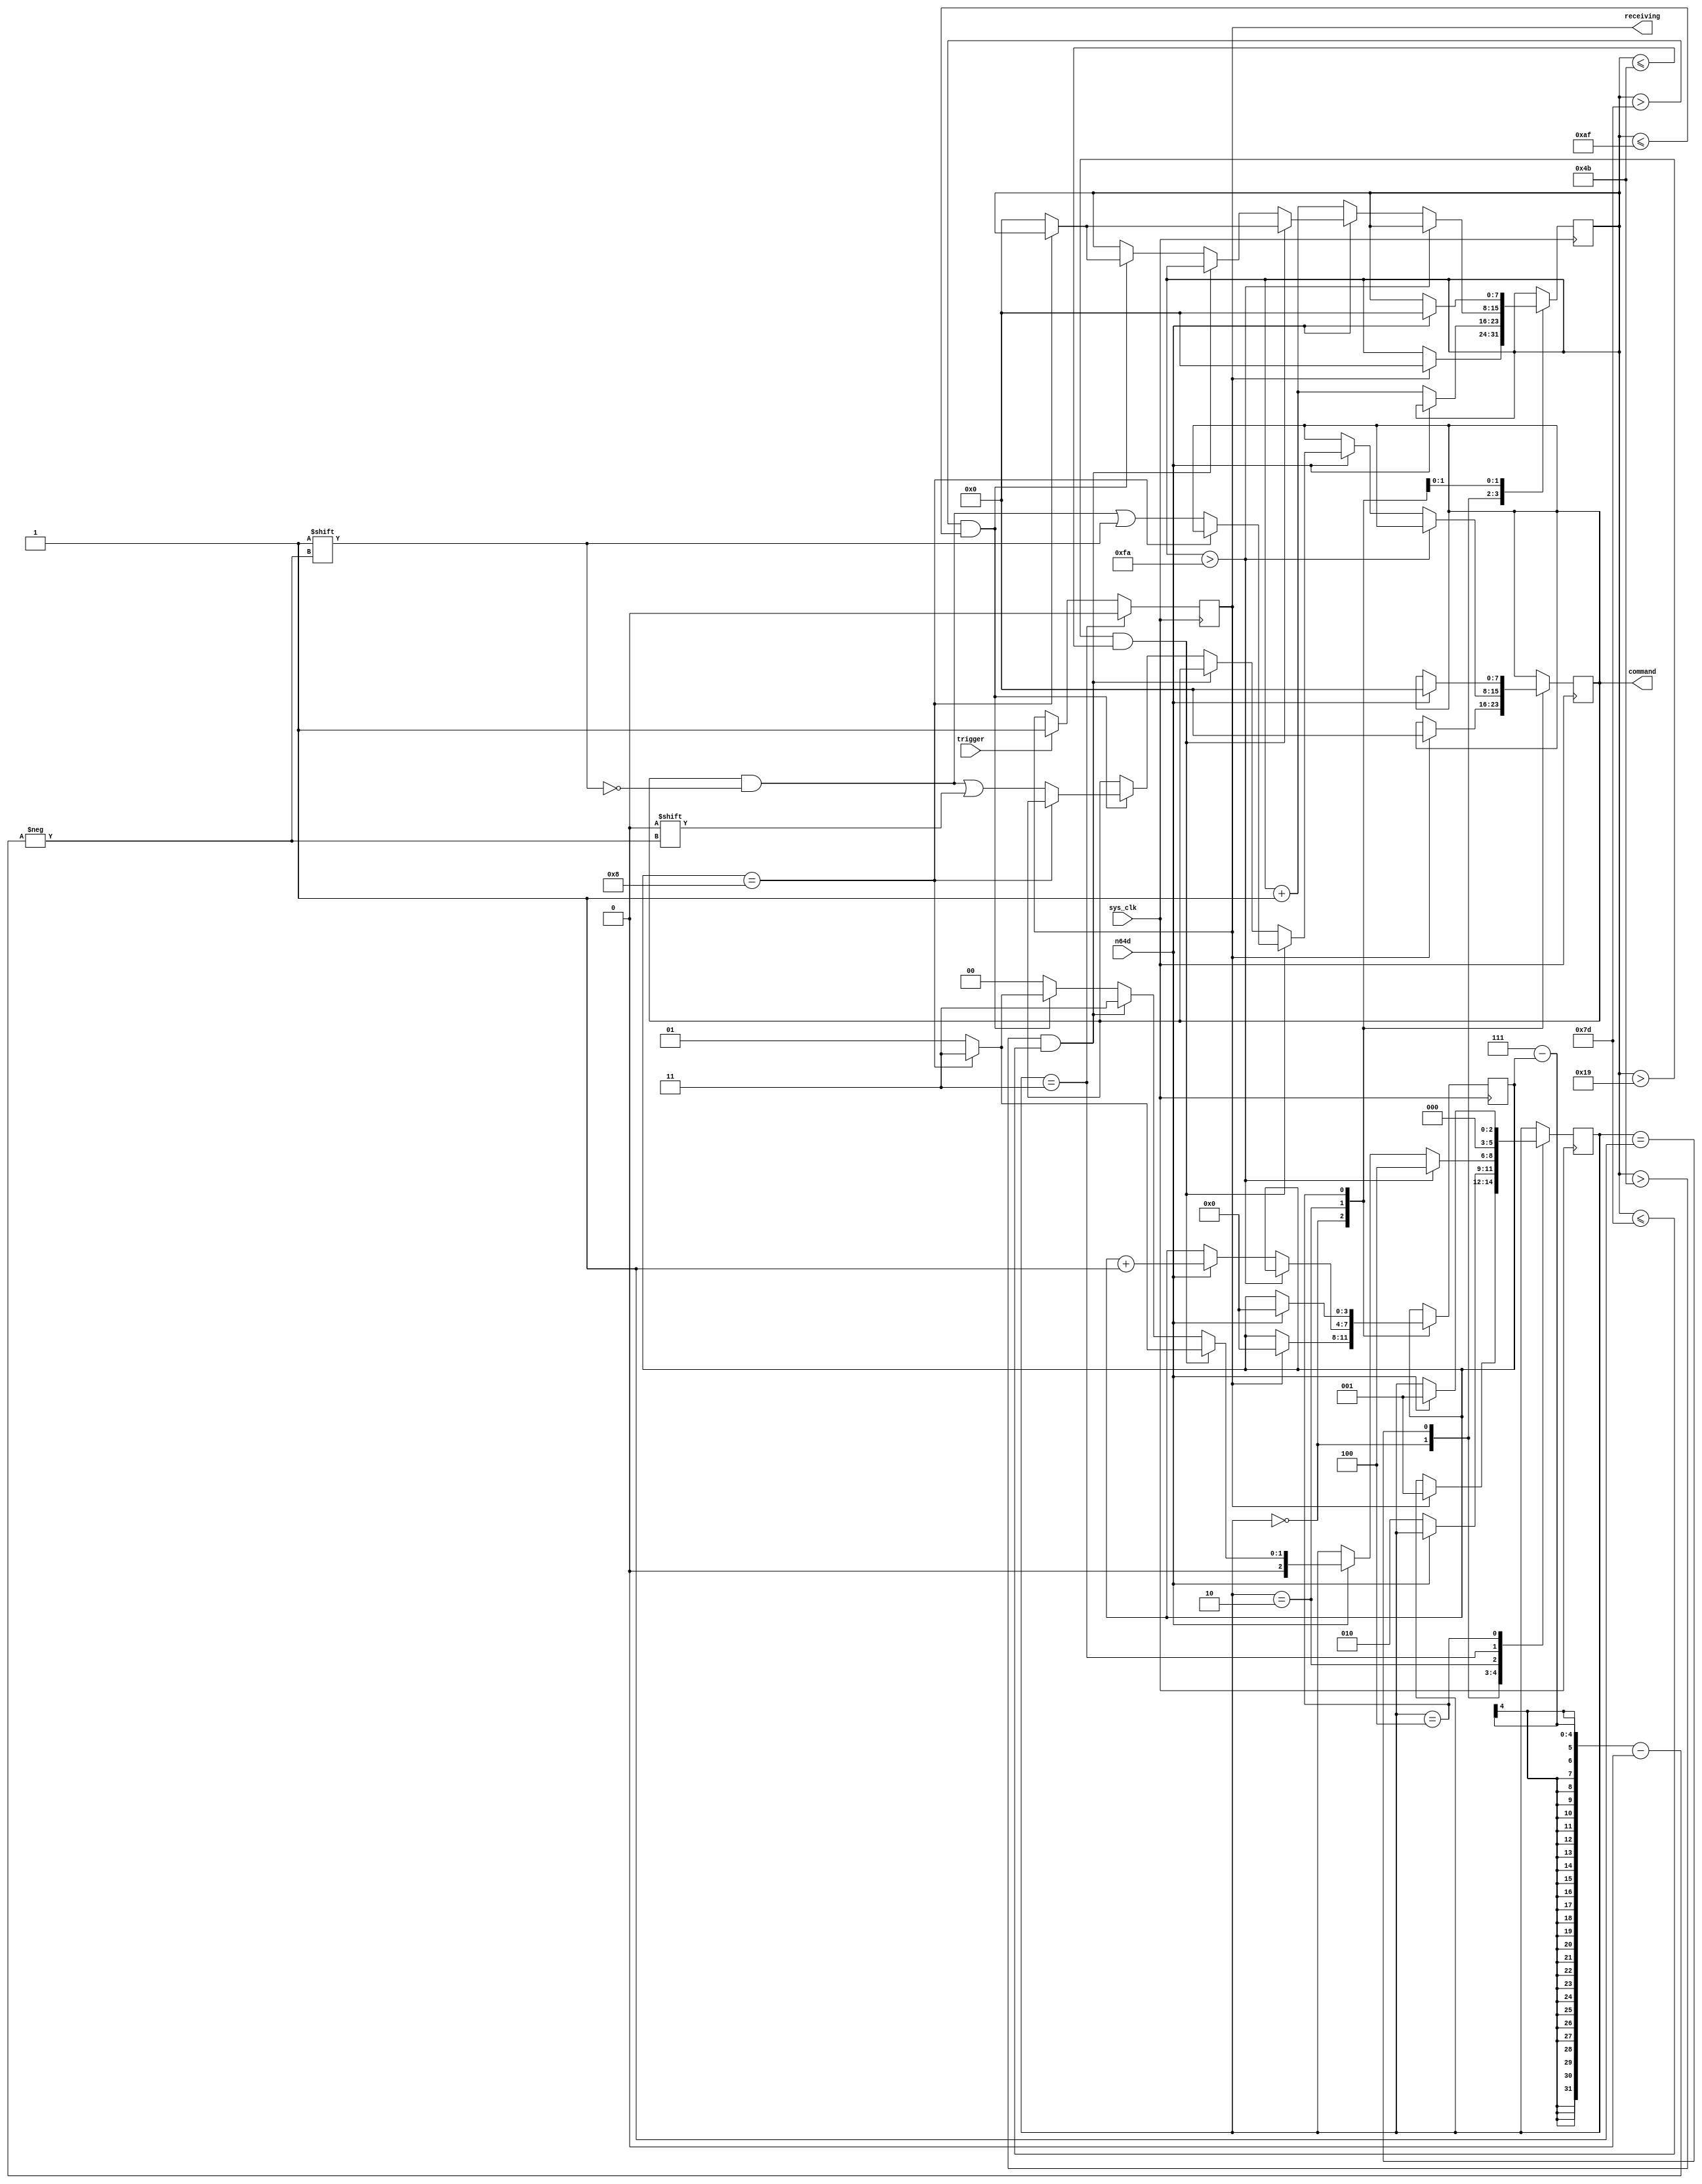
// Ownasaurus
// Designed to read a command transmitted by the n64

module n64_receive_command(
	input sys_clk,
	input trigger,
    output [7:0] command,
	input n64d,
	output reg receiving
);

reg [7:0] byte; // note backwards bit order

//parameter one_us = 50;
//parameter two_us = 100;
//parameter three_us = 150;
//parameter four_us = 200;
parameter zero_one_border = 25;
parameter one_two_border = 75;
parameter two_three_border = 125;
parameter three_four_border = 175;

localparam idle=0, waiting_for_low=1, waiting_for_high=2, end_of_command=3, console_off=4;
reg [2:0] state;
reg [7:0] timer; // shouldn't ever be negative for more than 256 cycles. longest possible should theoretically be 150 cycles.
reg [3:0] position;

initial begin
    byte = 0;
    timer = 0;
    position = 0;
    state = 0;
    receiving = 0;
end

assign command = byte;

always @(posedge sys_clk) begin
    if(trigger) begin
        receiving <= 1'b1;
    end

    case(state)
        idle: begin
            if(receiving) begin
                position <= 0;
                byte <= 0;
                timer <= 0;
        		state <= waiting_for_low;
    		end
        end
        waiting_for_low: begin
            // ok to idle here for long periods of time
            if(!n64d) begin // we went low, so start counting!
                timer <= timer + 1'b1;
                state <= waiting_for_high;
            end
        end
        waiting_for_high: begin
            if(timer > 250) begin // we were low for too long. it's probably not plugged in...?
                state <= console_off;
            end else if(n64d) begin
                // determine the type of signal based on how long we stated low
                if(timer > zero_one_border && timer <= one_two_border) begin // low for 1us
                    if(position == 8) begin // probably a console stop bit
                        state <= end_of_command;
                    end else begin
                        byte[7-position] <= 1'b1;
                        timer <= 0;
                        state <= waiting_for_low;
                    end
                end else if(timer > one_two_border && timer <= two_three_border) begin // low for 2us. controller end bit detected!
                    state <= end_of_command;
                end else if(timer > two_three_border && timer <= three_four_border) begin // low for 3us
                    if(position == 8) begin // THIS SHOULD NEVER HAPPEN
                        state <= end_of_command;
                    end else begin
                        byte[7-position] <= 1'b0;
                        timer <= 0;
                        state <= waiting_for_low;
                    end
                end else begin // it should never be this short of this long. fail back to idle state
                    state <= idle;
                end

                position <= position + 1'b1; // it's ok if this overflows at the end of the command
            end else begin
                timer <= timer + 1'b1;
            end
        end
        end_of_command: begin
            receiving <= 1'b0;
    		state <= idle;
        end
        console_off: begin
            if(n64d) begin
                position <= 0;
                byte <= 0;
                timer <= 0;
                state <= waiting_for_low;
            end
        end
    endcase
end

endmodule